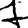
Digit: 7